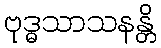
ဗုဒ္ဓသာသနန္တိ